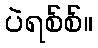
ပဲရစ်စ်။